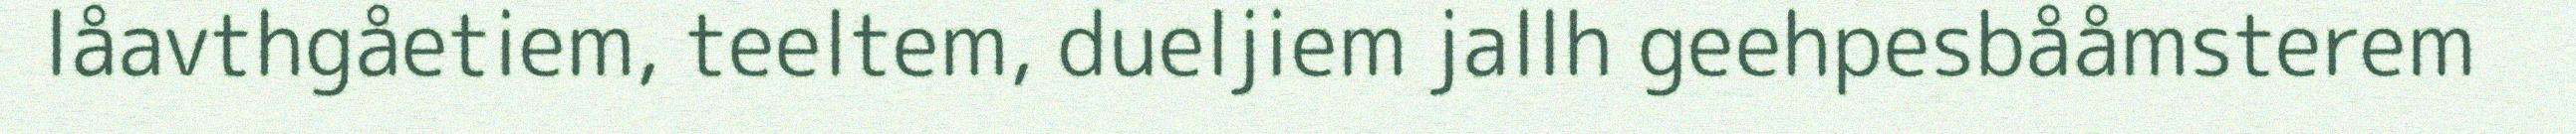
låavthgåetiem, teeltem, dueljiem jallh geehpesbååmsterem